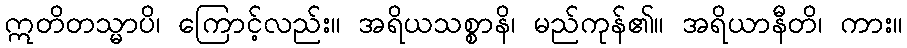
ဣတိတသ္မာပိ၊ ကြောင့်လည်း။ အရိယသစ္စာနိ၊ မည်ကုန်၏။ အရိယာနီတိ၊ ကား။